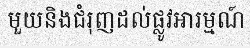
មួយនិងជំរុញដល់ផ្លូវអារម្មណ៍